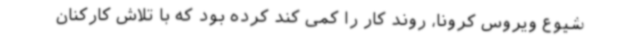
شیوع ویروس کرونا، روند کار را کمی کند کرده بود که با تلاش کارکنان